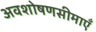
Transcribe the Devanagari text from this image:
अवशोषणसीमाएँ